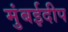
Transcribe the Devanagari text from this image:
मुंबईदीप